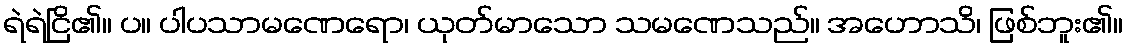
ရဲရဲငြိ၏။ ပ။ ပါပသာမဏေရော၊ ယုတ်မာသော သမဏေသည်။ အဟောသိ၊ ဖြစ်ဘူး၏။